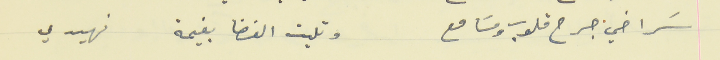
سَراخي جرح قلوب ومسَامع                                   وتليت الفضا بغيمة نهيدي